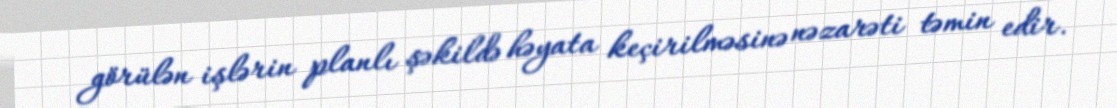
görülən işlərin planlı şəkildə həyata keçirilməsinə nəzarəti təmin edir.